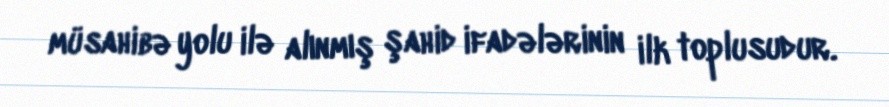
müsahibə yolu ilə alınmış şahid ifadələrinin ilk toplusudur.